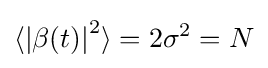
\langle {\left\vert \beta (t)\right\vert }^{2}\rangle =2\sigma ^{2}=N